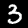
Digit: 3